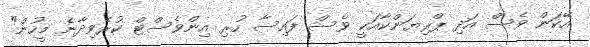
އޭކަން ވެސް އަދި ޕްރިޔަންކާއަކީ ވެސް ފައިސާ ހުރި އިންވެސްޓް ކުރެވިދާނެ މީހުން"